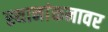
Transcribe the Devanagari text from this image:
स्थानांकनावर